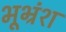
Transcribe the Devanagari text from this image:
भूभ्रंश